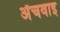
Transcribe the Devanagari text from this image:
अँचवाइ